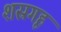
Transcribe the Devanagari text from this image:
शस्रगृह